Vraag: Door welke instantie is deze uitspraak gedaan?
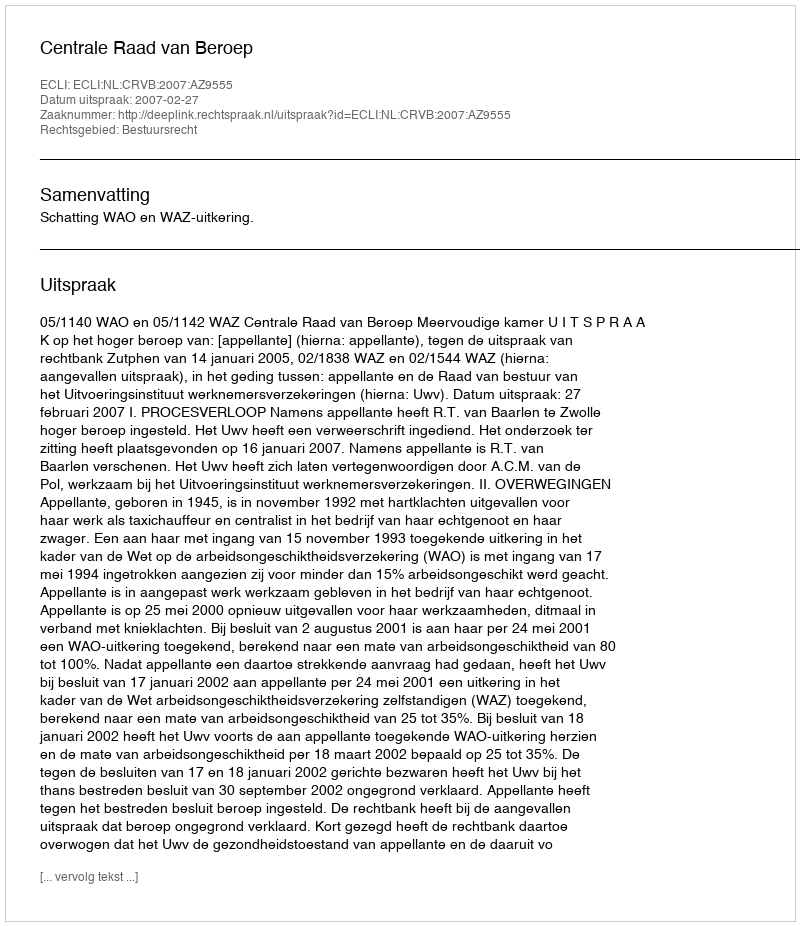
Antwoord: Centrale Raad van Beroep